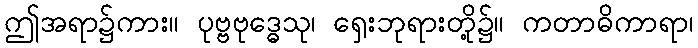
ဤအရာ၌ကား။ ပုဗ္ဗဗုဒ္ဓေသု၊ ရှေးဘုရားတို့၌။ ကတာဓိကာရာ၊